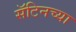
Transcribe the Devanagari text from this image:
सॅटिनच्या